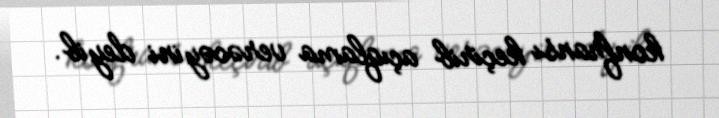
konfransı keçirib açıqlama verəcəyini deyib.